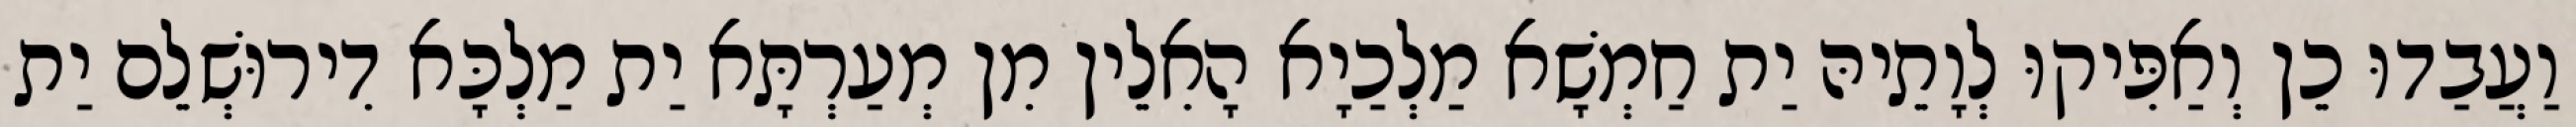
וַעֲבַדוּ כֵן וְאַפִּיקוּ לְוָתֵיהּ יַת חַמְשָׁא מַלְכַיָא הָאִלֵין מִן מְעַרְתָּא יַת מַלְכָּא דִירוּשְׁלֵם יַת